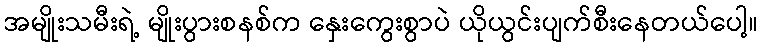
အမျိုးသမီးရဲ့ မျိုးပွားစနစ်က နှေးကွေးစွာပဲ ယိုယွင်းပျက်စီးနေတယ်ပေါ့။